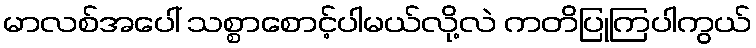
မာလစ်အပေါ် သစ္စာစောင့်ပါမယ်လို့လဲ ကတိပြုကြပါကွယ်